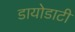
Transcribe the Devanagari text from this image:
डायोडाटी